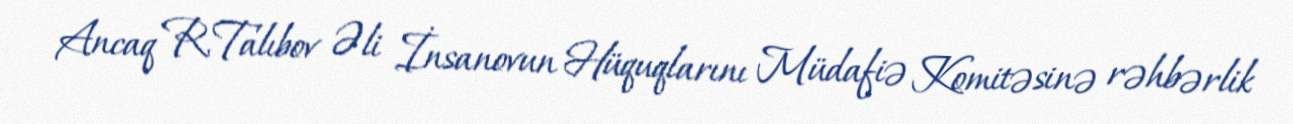
Ancaq R.Talıbov Əli İnsanovun Hüquqlarını Müdafiə Komitəsinə rəhbərlik